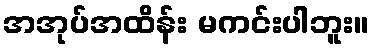
အအုပ်အထိန်း မကင်းပါဘူး။